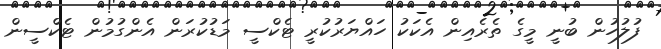
ފުލުހުން ބުނީ މީގެ ތެރެއިން އެކަކު ހައްޔަރުކުރީ ޓެކްސީ މަޑުކުރަން އެންގުމުން ޓެކްސީން